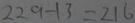
2 2 9 - 1 3 = 2 1 6